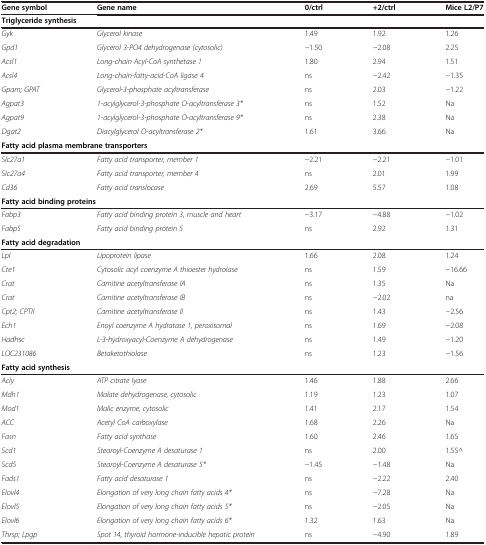
<table><thead><tr><td><b>Gene symbol</b></td><td><b>Gene name</b></td><td><b>0/ctrl</b></td><td><b>+2/ctrl</b></td><td><b>Mice L2/P7</b></td></tr></thead><tbody><tr><td colspan="4"><b>Triglyceride synthesis</b></td><td> </td></tr><tr><td><i>Gyk</i></td><td><i>Glycerol kinase</i></td><td>1.49</td><td>1.92</td><td>1.26</td></tr><tr><td><i>Gpd1</i></td><td><i>Glycerol 3-PO4 dehydrogenase (cytosolic)</i></td><td>−1.50</td><td>−2.08</td><td>2.25</td></tr><tr><td><i>Acsl1</i></td><td><i>Long-chain Acyl-CoA synthetase 1</i></td><td>1.80</td><td>2.94</td><td>1.51</td></tr><tr><td><i>Acsl4</i></td><td><i>Long-chain-fatty-acid-CoA ligase 4</i></td><td>ns</td><td>−2.42</td><td>−1.35</td></tr><tr><td><i>Gpam; GPAT</i></td><td><i>Glycerol-3-phosphate acyltransferase</i></td><td>ns</td><td>2.03</td><td>−1.22</td></tr><tr><td><i>Agpat3</i></td><td><i>1-acylglycerol-3-phosphate O-acyltransferase 3*</i></td><td>ns</td><td>1.52</td><td>Na</td></tr><tr><td><i>Agpat9</i></td><td><i>1-acylglycerol-3-phosphate O-acyltransferase 9*</i></td><td>ns</td><td>2.38</td><td>Na</td></tr><tr><td><i>Dgat2</i></td><td><i>Diacylglycerol O-acyltransferase 2*</i></td><td>1.61</td><td>3.66</td><td>Na</td></tr><tr><td colspan="4"><b>Fatty acid plasma membrane transporters</b></td><td> </td></tr><tr><td><i>Slc27a1</i></td><td><i>Fatty acid transporter, member 1</i></td><td>−2.21</td><td>−2.21</td><td>−1.01</td></tr><tr><td><i>Slc27a4</i></td><td><i>Fatty acid transporter, member 4</i></td><td>ns</td><td>2.01</td><td>1.99</td></tr><tr><td><i>Cd36</i></td><td><i>Fatty acid translocase</i></td><td>2.69</td><td>5.57</td><td>1.08</td></tr><tr><td colspan="4"><b>Fatty acid binding proteins</b></td><td> </td></tr><tr><td><i>Fabp3</i></td><td><i>Fatty acid binding protein 3, muscle and heart</i></td><td>−3.17</td><td>−4.88</td><td>−1.02</td></tr><tr><td><i>Fabp5</i></td><td><i>Fatty acid binding protein 5</i></td><td>ns</td><td>2.92</td><td>1.31</td></tr><tr><td colspan="4"><b>Fatty acid degradation</b></td><td> </td></tr><tr><td><i>Lpl</i></td><td><i>Lipoprotein lipase</i></td><td>1.66</td><td>2.08</td><td>1.24</td></tr><tr><td><i>Cte1</i></td><td><i>Cytosolic acyl coenzyme A thioester hydrolase</i></td><td>ns</td><td>1.59</td><td>−16.66</td></tr><tr><td><i>Crat</i></td><td><i>Carnitine acetyltransferase IA</i></td><td>ns</td><td>1.35</td><td>Na</td></tr><tr><td><i>Crat</i></td><td><i>Carnitine acetyltransferase IB</i></td><td>ns</td><td>−2.02</td><td>na</td></tr><tr><td><i>Cpt2; CPTII</i></td><td><i>Carnitine acetyltransferase II</i></td><td>ns</td><td>1.43</td><td>−2.56</td></tr><tr><td><i>Ech1</i></td><td><i>Enoyl coenzyme A hydratase 1, peroxisomal</i></td><td>ns</td><td>1.69</td><td>−2.08</td></tr><tr><td><i>Hadhsc</i></td><td><i>L-3-hydroxyacyl-Coenzyme A dehydrogenase</i></td><td>ns</td><td>1.49</td><td>−1.20</td></tr><tr><td><i>LOC231086</i></td><td><i>Betaketothiolase</i></td><td>ns</td><td>1.23</td><td>−1.56</td></tr><tr><td colspan="4"><b>Fatty acid synthesis</b></td><td> </td></tr><tr><td><i>Acly</i></td><td><i>ATP citrate lyase</i></td><td>1.46</td><td>1.88</td><td>2.66</td></tr><tr><td><i>Mdh1</i></td><td><i>Malate dehydrogenase, cytosolic</i></td><td>1.19</td><td>1.23</td><td>1.07</td></tr><tr><td><i>Mod1</i></td><td><i>Malic enzyme, cytosolic</i></td><td>1.41</td><td>2.17</td><td>1.54</td></tr><tr><td><i>ACC</i></td><td><i>Acetyl CoA carboxylase</i></td><td>1.68</td><td>2.26</td><td>Na</td></tr><tr><td><i>Fasn</i></td><td><i>Fatty acid synthase</i></td><td>1.60</td><td>2.46</td><td>1.65</td></tr><tr><td><i>Scd1</i></td><td><i>Stearoyl-Coenzyme A desaturase 1</i></td><td>ns</td><td>2.00</td><td>1.55^</td></tr><tr><td><i>Scd5</i></td><td><i>Stearoyl-Coenzyme A desaturase 5*</i></td><td>−1.45</td><td>−1.48</td><td>Na</td></tr><tr><td><i>Fads1</i></td><td><i>Fatty acid desaturase 1</i></td><td>ns</td><td>−2.22</td><td>2.40</td></tr><tr><td><i>Elovl4</i></td><td><i>Elongation of very long chain fatty acids 4*</i></td><td>ns</td><td>−7.28</td><td>Na</td></tr><tr><td><i>Elovl5</i></td><td><i>Elongation of very long chain fatty acids 5*</i></td><td>ns</td><td>−2.05</td><td>Na</td></tr><tr><td><i>Elovl6</i></td><td><i>Elongation of very long chain fatty acids 6*</i></td><td>1.32</td><td>1.63</td><td>Na</td></tr><tr><td><i>Thrsp; Lpgp</i></td><td><i>Spot 14, thyroid hormone-inducible hepatic protein</i></td><td>ns</td><td>−4.90</td><td>1.89</td></tr></tbody></table>